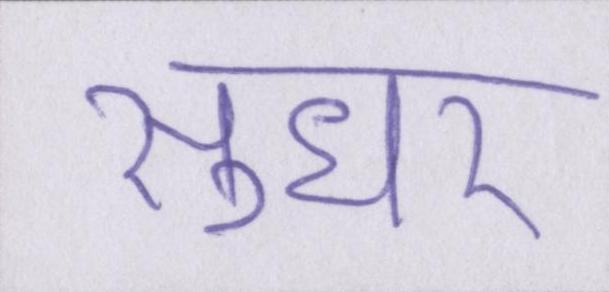
सुधर